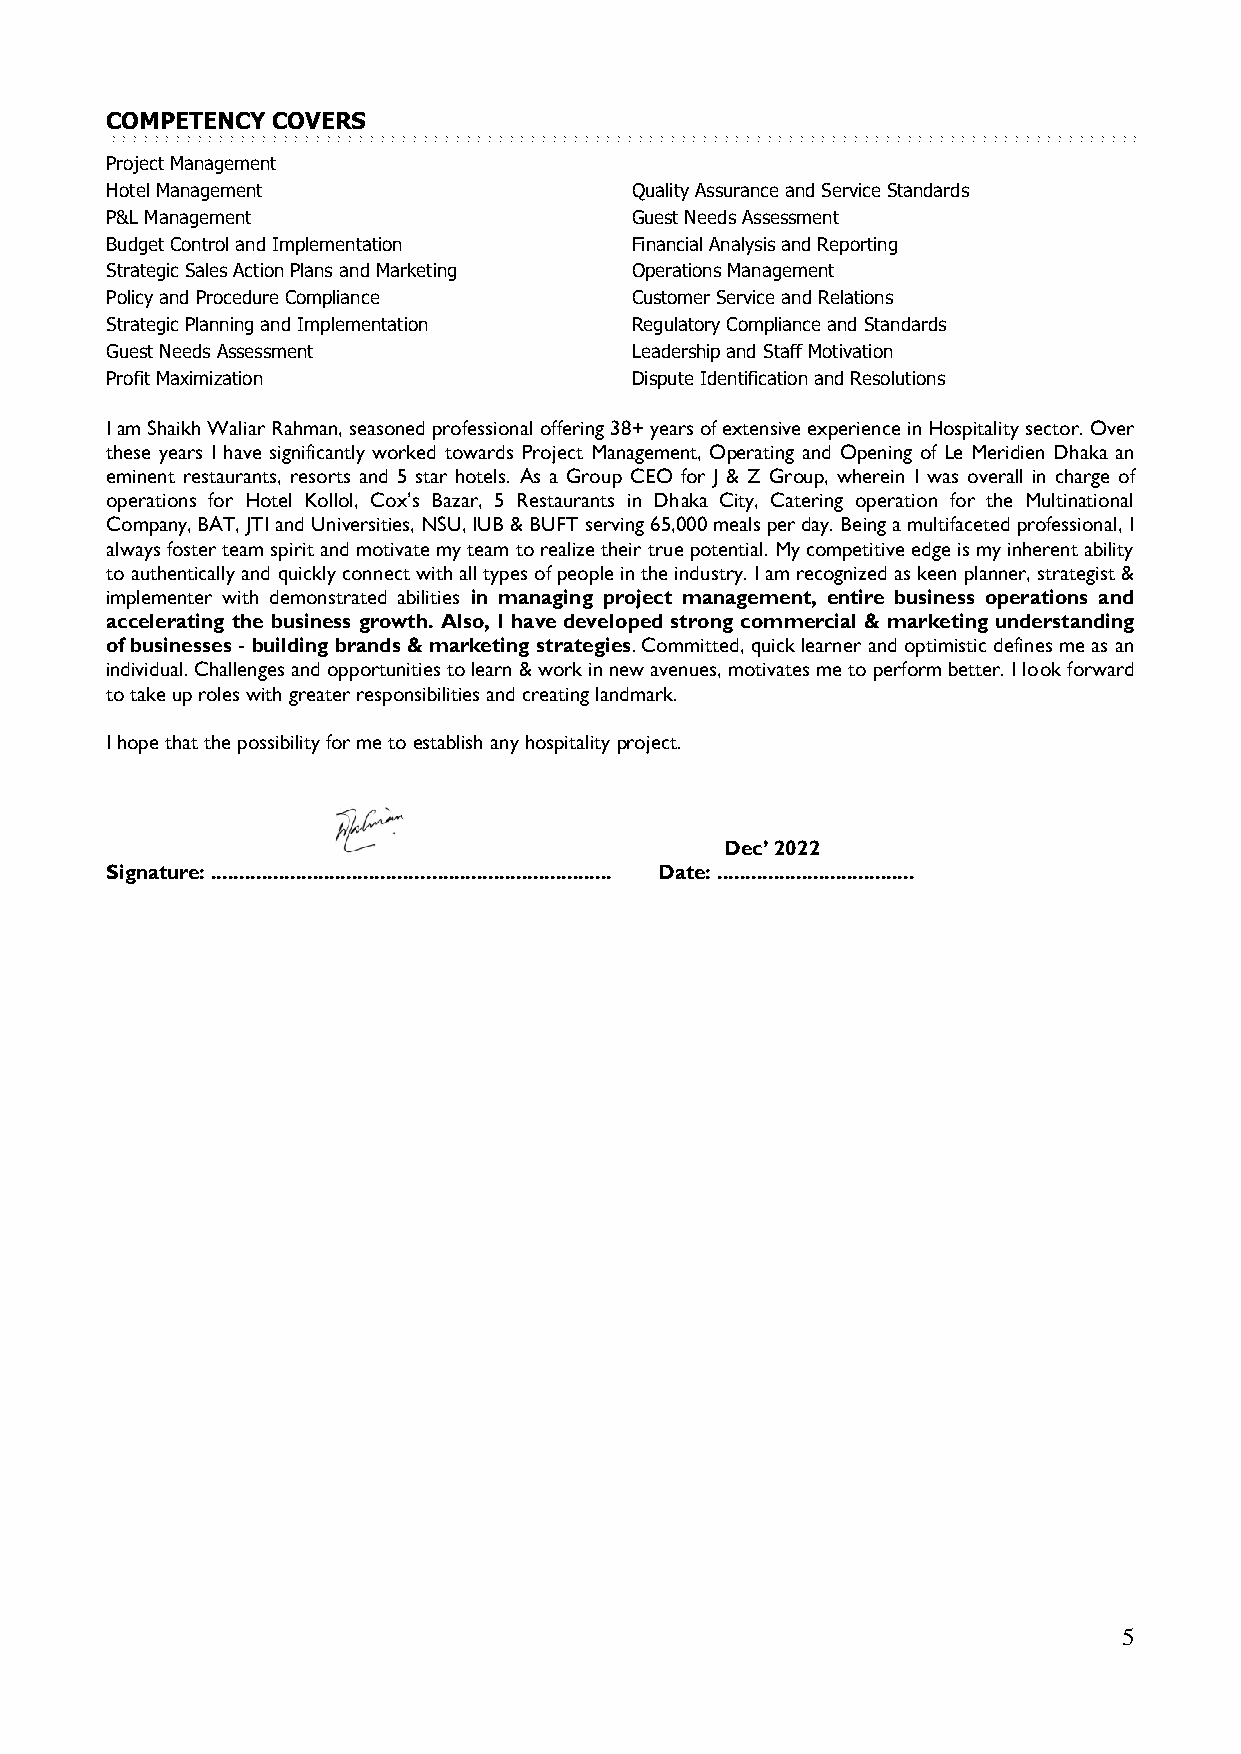
COMPETENCY COVERS
 Project Management
 Hotel Management                   Quality Assurance and Service Standards
 P&L Management                     Guest Needs Assessment
 Budget Control and Implementation  Financial Analysis and Reporting
 Strategic Sales Action Plans and Marketing Operations Management
 Policy and Procedure Compliance    Customer Service and Relations
 Strategic Planning and Implementation Regulatory Compliance and Standards
 Guest Needs Assessment             Leadership and Staff Motivation
 Profit Maximization                Dispute Identification and Resolutions
 I am Shaikh Waliar Rahman, seasoned professional offering 38+ years of extensive experience in Hospitality sector. Over
 these years I have significantly worked towards Project Management, Operating and Opening of Le Meridien Dhaka an
 eminent restaurants, resorts and 5 star hotels. As a Group CEO for J & Z Group, wherein I was overall in charge of
 operations for Hotel Kollol, Cox’s Bazar, 5 Restaurants in Dhaka City, Catering operation for the Multinational
 Company, BAT, JTI and Universities, NSU, IUB & BUFT serving 65,000 meals per day. Being a multifaceted professional, I
 always foster team spirit and motivate my team to realize their true potential. My competitive edge is my inherent ability
 to authentically and quickly connect with all types of people in the industry. I am recognized as keen planner, strategist &
 implementer with demonstrated abilities in managing project management, entire business operations and
 accelerating the business growth. Also, I have developed strong commercial & marketing understanding
 of businesses - building brands & marketing strategies. Committed, quick learner and optimistic defines me as an
 individual. Challenges and opportunities to learn & work in new avenues, motivates me to perform better. I look forward
 to take up roles with greater responsibilities and creating landmark.
 I hope that the possibility for me to establish any hospitality project.
 Dec’ 2022
 Signature: ....................................................................... Date: ...................................
 5